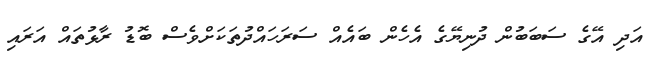
އަދި އޭގެ ސަބަބުން ދުނިޔޭގެ އެހެން ބައެއް ސަރަހައްދުތަކަށްވެސް ބޮޑު ރާޅުތައް އަރައި